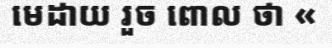
មេដាយ រួច ពោល ថា «